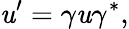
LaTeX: \mathit{u}^{\prime}=\gamma\mathit{u}\gamma^{*},